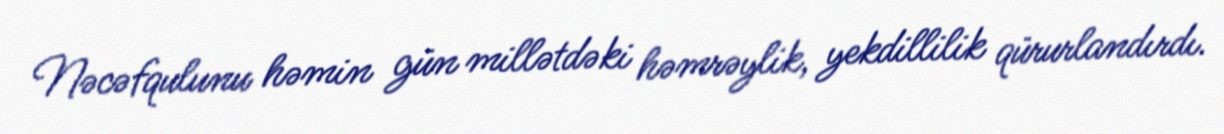
Nəcəfqulunu həmin gün millətdəki həmrəylik, yekdillilik qürurlandırdı.